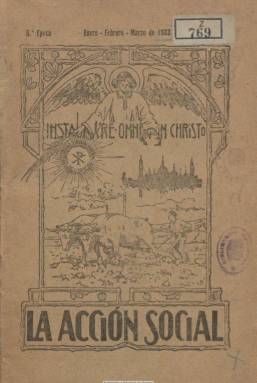
Título: La Acción social (Zaragoza)
Colección: Religión
Ámbito geográfico: Zaragoza
Lugar de publicación: Zaragoza
Fechas: 01/01/1933-31/10/1933

La capital de Aragón se había convertido en una de las principales ciudades en las que convergió el movimiento católico español en el periodo de entre siglos, con la celebración en esta ciudad del segundo Congreso Católico (1890) y la segunda Asamblea Nacional de la Buena Prensa (1908). Entre tanto, el cardenal Juan Soldevilla (1843-1923) había fundado en 1902 Acción Social Católica, organización enmarcada en el catolicismo social, obrero y sindical, cuya referencia doctrinal estará bajo la encíclica Rerum novarum (1891), y que comienza a editar esta publicación a partir de 1910. A partir de 1914, la organización convergerá en lo político con el maurismo, obteniendo un acta de diputado a través del marqués de Arlanza, Luis Higuera Bellido (1873-1940), procedente del Partido Conservador.

La periodicidad de este título fue diversa (semanal, quincenal, mensual o trimestral) y la colección de la Biblioteca Nacional de España está integrada sólo por los cuatro números (117-120) que aparecieron en 1933. Son entregas que forman parte de su quinta época, en torno a la veintena de páginas cada una, carentes de ilustraciones y compuestas a una columna. Eran gratuitas para los socios con una cuota superior a una peseta, e inserta anuncios comerciales.

Publicación editada por la Archidiócesis de Zaragoza y afín a las derechas, sus primeras páginas contienen textos doctrinales, como la pastoral redactada ese año contra la ley republicana de congregaciones, o alguna crónica sobre cofradías. Tiene secciones de Propaganda y Noticias, en las que da normas a los católicos sobre centros escolares, la moda de las mujeres, la masonería o el voto a las elecciones. También ofrece la memoria de la Caja de Ahorros de la Inmaculada Concepción (1905), vinculada también a Acción Social Católica. En 1934 se celebrará también en Zaragoza una Semana Social Católica, y la publicación pudo estar publicándose hasta julio de 1936.